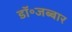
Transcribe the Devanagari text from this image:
डॉ॰जब्बार